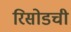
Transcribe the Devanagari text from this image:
रिसोडची